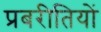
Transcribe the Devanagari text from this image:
प्रबरीतियों